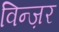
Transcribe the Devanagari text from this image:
विन्ज़र